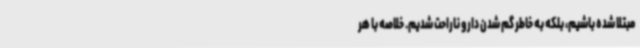
مبتلا شده باشیم، بلکه به خاطر گم شدن دارو ناراحت شدیم. خلاصه با هر